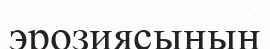
эрозиясының